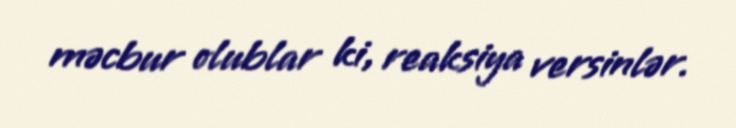
məcbur olublar ki, reaksiya versinlər.